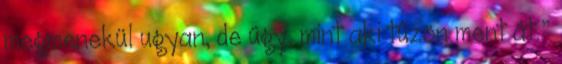
megmenekül ugyan, de úgy, mint aki tűzön ment át.”